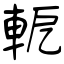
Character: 軶